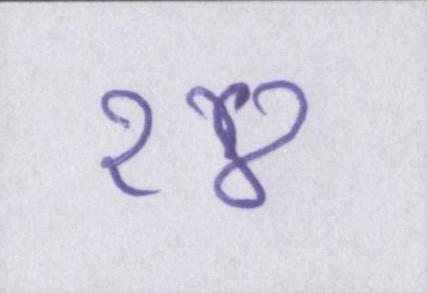
१४